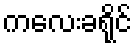
ကလေးခရိုင်